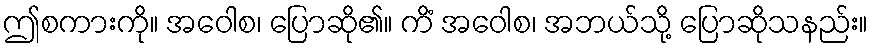
ဤစကားကို။ အဝေါစ၊ ပြောဆို၏။ ကိံ အဝေါစ၊ အဘယ်သို့ ပြောဆိုသနည်း။